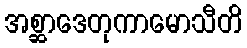
အစ္ဆာဒေတုကာမောသီတိ